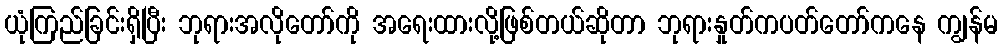
ယုံကြည်ခြင်းရှိပြီး ဘုရားအလိုတော်ကို အရေးထားလို့ဖြစ်တယ်ဆိုတာ ဘုရားနှုတ်ကပတ်တော်ကနေ ကျွန်မ